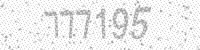
Solution: 777195